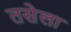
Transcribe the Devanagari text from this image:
तसेला